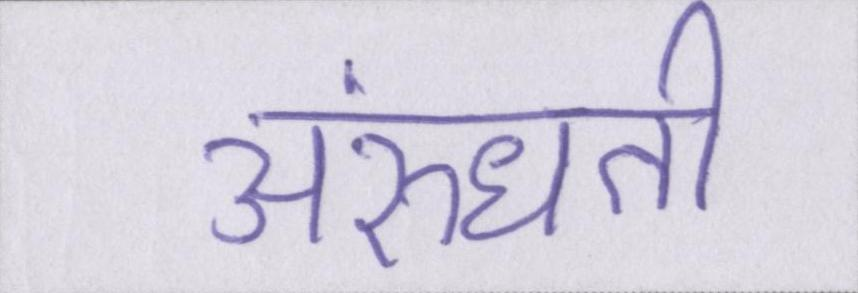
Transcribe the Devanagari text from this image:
अरुंधती